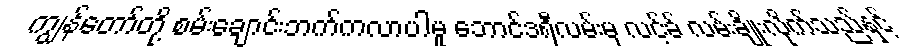
ကျွန်တော်တို့ စမ်းချောင်းဘက်ကလာပါမူ ဘောင်ဒရီလမ်းမှ လင့်ခ် လမ်းချိုးလိုက်သည်နှင့်